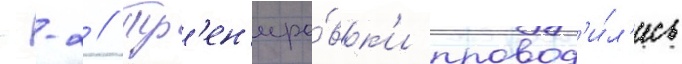
--2 // Тр'ен'иро́вк'и провод'и́л'ись